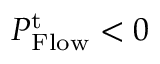
P _ { \mathrm { F l o w } } ^ { \mathrm { t } } < 0